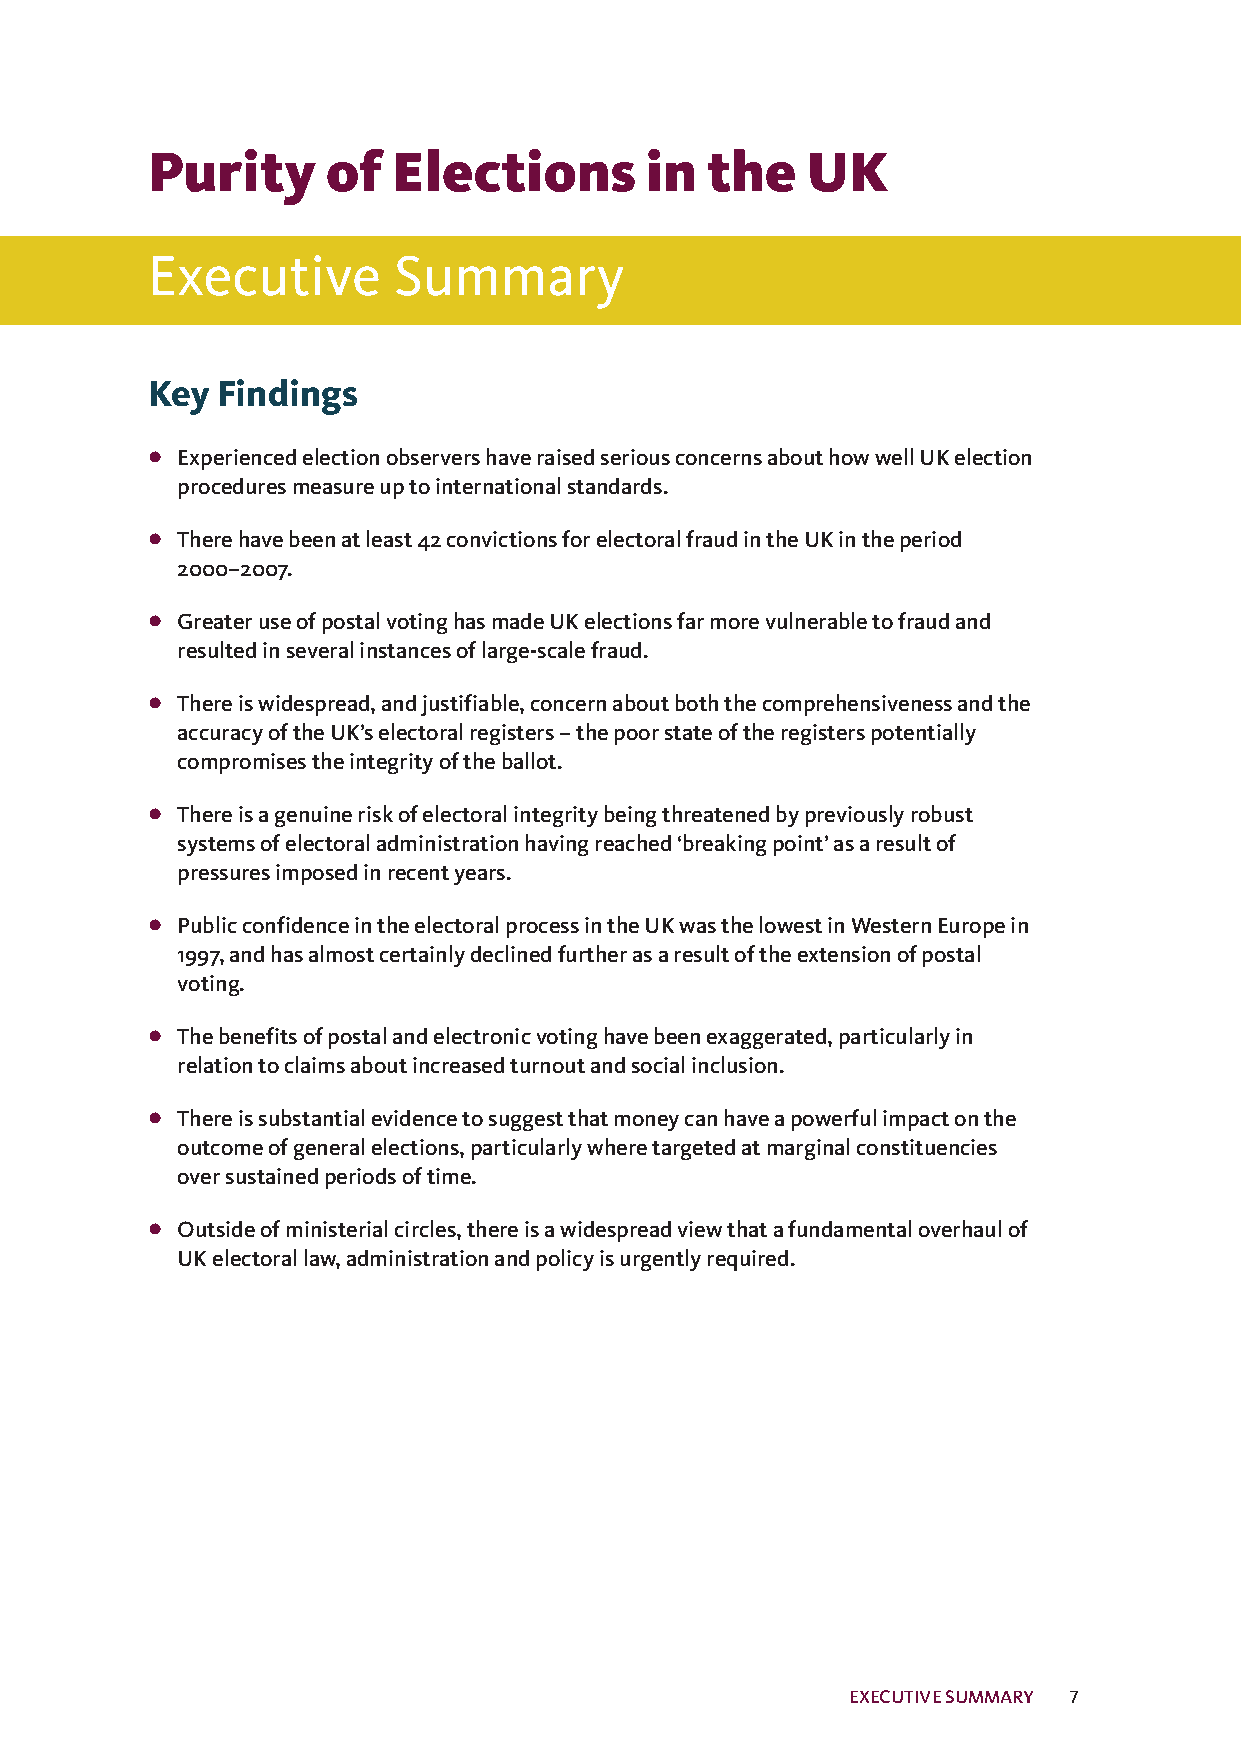
Purity      of  Elections        in  the   UK
 Executive       Summary
 Key Findings
 •
 ExperiencedelectionobservershaveraisedseriousconcernsabouthowwellUKelection
 proceduresmeasureuptointernationalstandards.
 •
 Therehavebeenatleast42convictionsforelectoralfraudintheUKintheperiod
 2000–2007.
 •
 GreateruseofpostalvotinghasmadeUKelectionsfarmorevulnerabletofraudand
 resultedinseveralinstancesoflarge-scalefraud.
 •
 Thereiswidespread,andjustifiable,concernaboutboththecomprehensivenessandthe
 accuracyoftheUK’selectoralregisters–thepoorstateoftheregisterspotentially
 compromisestheintegrityoftheballot.
 •
 Thereisagenuineriskofelectoralintegritybeingthreatenedbypreviouslyrobust
 systemsofelectoraladministrationhavingreached‘breakingpoint’asaresultof
 pressuresimposedinrecentyears.
 •
 PublicconfidenceintheelectoralprocessintheUKwasthelowestinWesternEuropein
 1997,andhasalmostcertainlydeclinedfurtherasaresultoftheextensionofpostal
 voting.
 •
 Thebenefitsofpostalandelectronicvotinghavebeenexaggerated,particularlyin
 relationtoclaimsaboutincreasedturnoutandsocialinclusion.
 •
 Thereissubstantialevidencetosuggestthatmoneycanhaveapowerfulimpactonthe
 outcomeofgeneralelections,particularlywheretargetedatmarginalconstituencies
 oversustainedperiodsoftime.
 •
 Outsideofministerialcircles,thereisawidespreadviewthatafundamentaloverhaulof
 UKelectorallaw,administrationandpolicyisurgentlyrequired.
 EXECUTIVESUMMARY 7